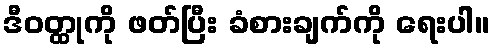
ဒီဝတ္ထုကို ဖတ်ပြီး ခံစားချက်ကို ရေးပါ။